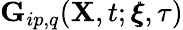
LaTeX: \mathbf{G}_{ip,q}(\mathbf{X},t;\pmb{\xi},\tau)